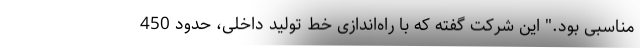
مناسبی بود." این شرکت گفته که با راه‌اندازی خط تولید داخلی، حدود 450